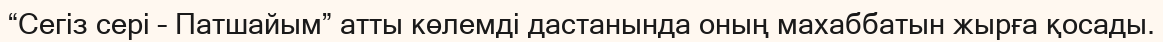
“Сегіз сері – Патшайым” атты көлемді дастанында оның махаббатын жырға қосады.